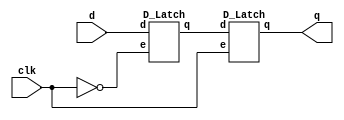
`timescale 1ns/1ps

module D_Flip_Flop(clk, d, q);
input clk;
input d;
output q;
wire not_clk, temp;
not nclk(not_clk, clk);

D_Latch Master(not_clk, d, temp);
D_Latch Slave(clk, temp, q);
endmodule

module D_Latch(e, d, q);
input e;
input d;
output q;

wire node1, node2, notd, notq;
not nd(notd, d);
nand nand1(node1, d, e);
nand nand2(node2, notd, e);
nand nand3(notq, node1, q);
nand nand4(q, node2, notq);

endmodule